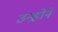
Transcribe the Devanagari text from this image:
उन्ह़ोने